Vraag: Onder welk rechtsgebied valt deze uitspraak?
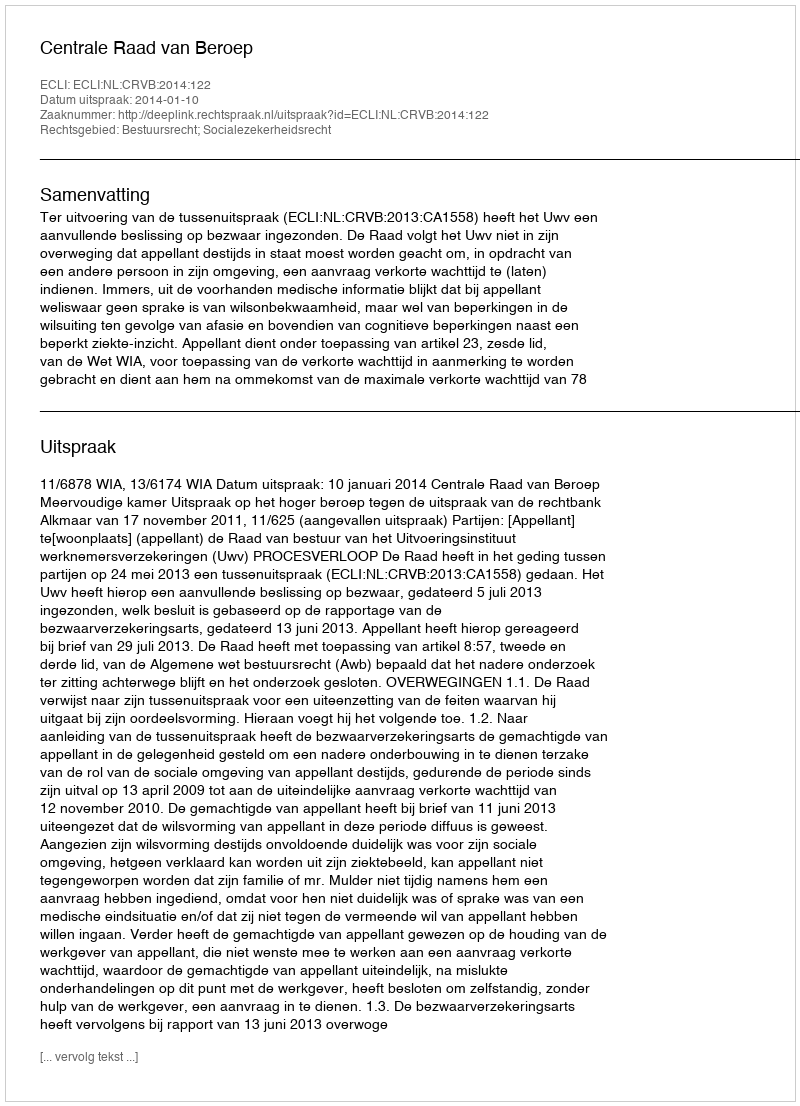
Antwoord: Bestuursrecht; Socialezekerheidsrecht